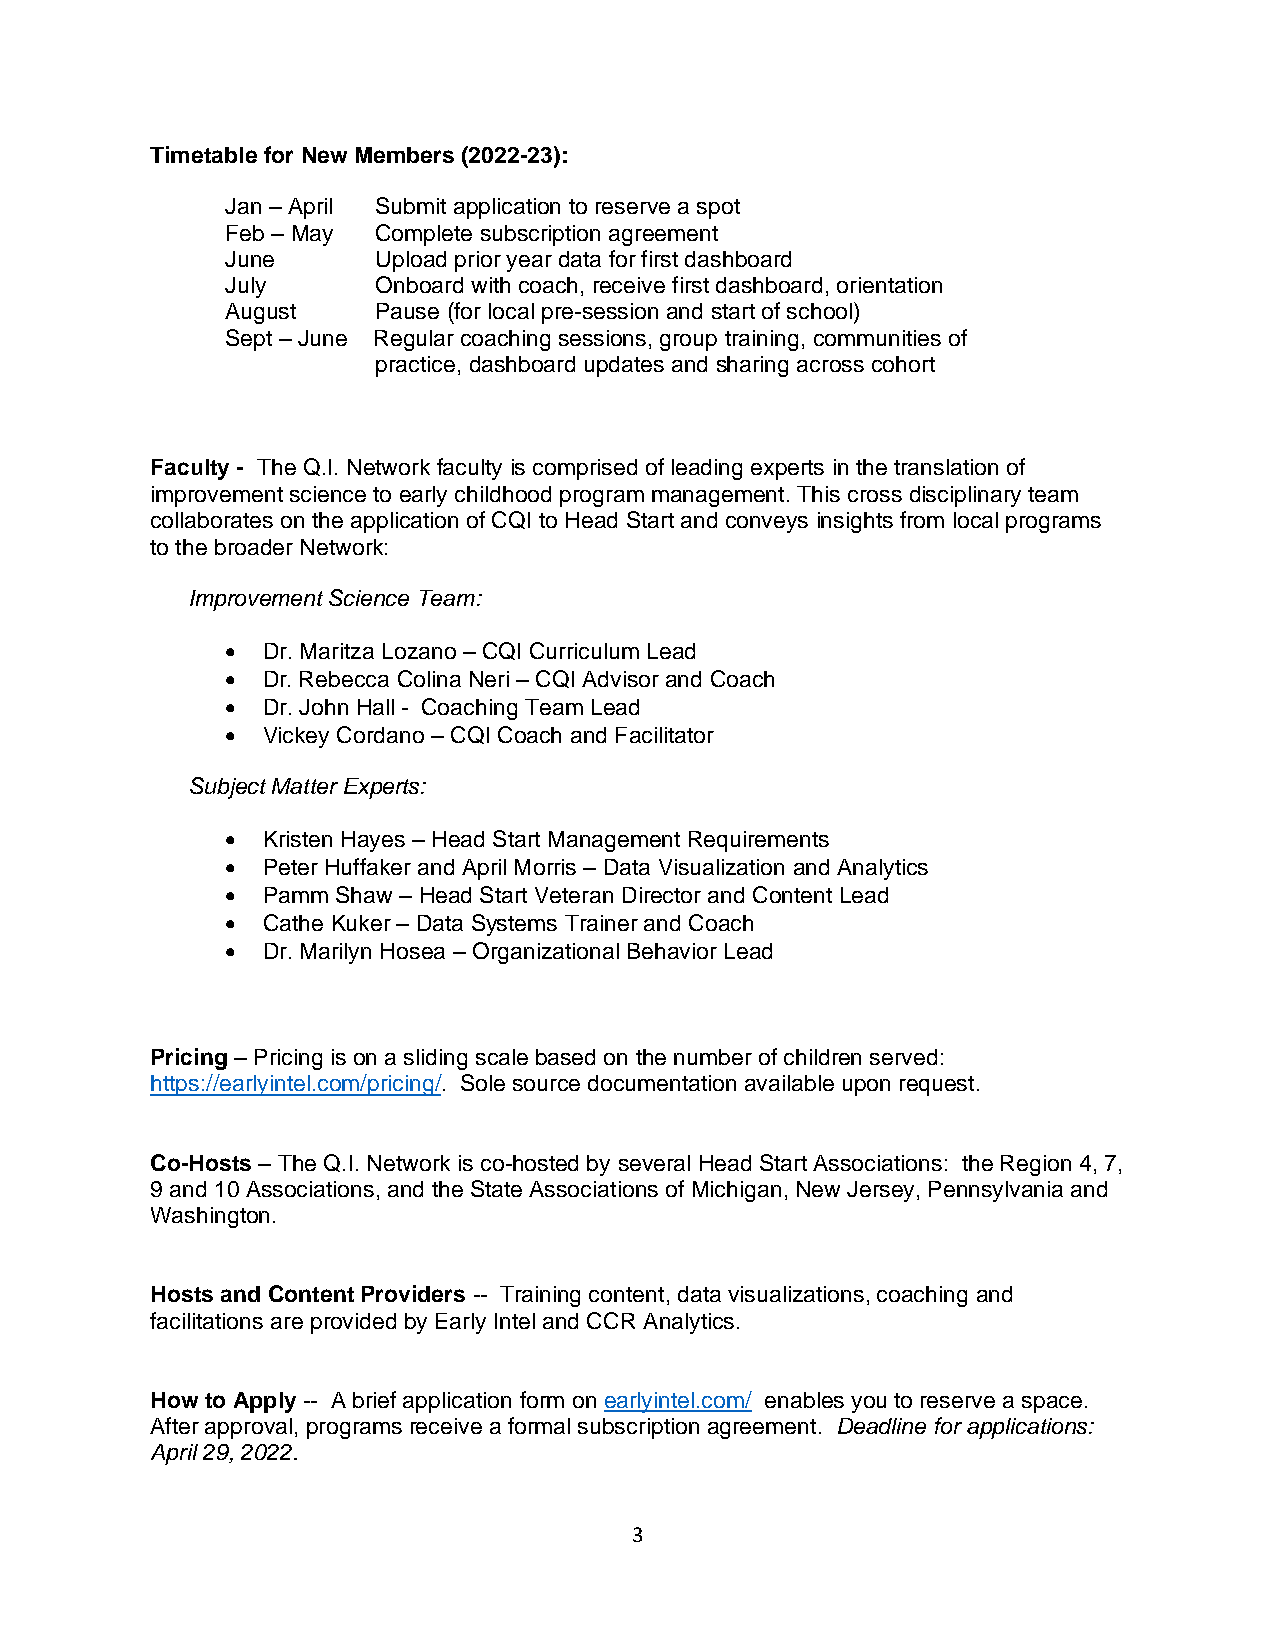
Timetable for New Members (2022-23):
 Jan – April Submit application to reserve a spot
 Feb – May Complete subscription agreement
 June      Upload prior year data for first dashboard
 July      Onboard with coach, receive first dashboard, orientation
 August    Pause (for local pre-session and start of school)
 Sept – June Regular coaching sessions, group training, communities of
 practice, dashboard updates and sharing across cohort
 Faculty - The Q.I. Network faculty is comprised of leading experts in the translation of
 improvement science to early childhood program management. This cross disciplinary team
 collaborates on the application of CQI to Head Start and conveys insights from local programs
 to the broader Network:
 Improvement Science Team:
 • Dr. Maritza Lozano – CQI Curriculum Lead
 • Dr. Rebecca Colina Neri – CQI Advisor and Coach
 • Dr. John Hall - Coaching Team Lead
 • Vickey Cordano – CQI Coach and Facilitator
 Subject Matter Experts:
 • Kristen Hayes – Head Start Management Requirements
 • Peter Huffaker and April Morris – Data Visualization and Analytics
 • Pamm Shaw – Head Start Veteran Director and Content Lead
 • Cathe Kuker – Data Systems Trainer and Coach
 • Dr. Marilyn Hosea – Organizational Behavior Lead
 Pricing – Pricing is on a sliding scale based on the number of children served:
 https://earlyintel.com/pricing/. Sole source documentation available upon request.
 Co-Hosts – The Q.I. Network is co-hosted by several Head Start Associations: the Region 4, 7,
 9 and 10 Associations, and the State Associations of Michigan, New Jersey, Pennsylvania and
 Washington.
 Hosts and Content Providers -- Training content, data visualizations, coaching and
 facilitations are provided by Early Intel and CCR Analytics.
 How to Apply -- A brief application form on earlyintel.com/ enables you to reserve a space.
 After approval, programs receive a formal subscription agreement. Deadline for applications:
 April 29, 2022.
 3